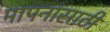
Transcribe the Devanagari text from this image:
मापनांसाठी